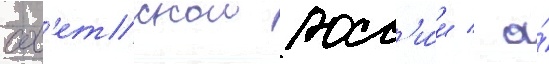
сов'етскои росс'и́и / а́